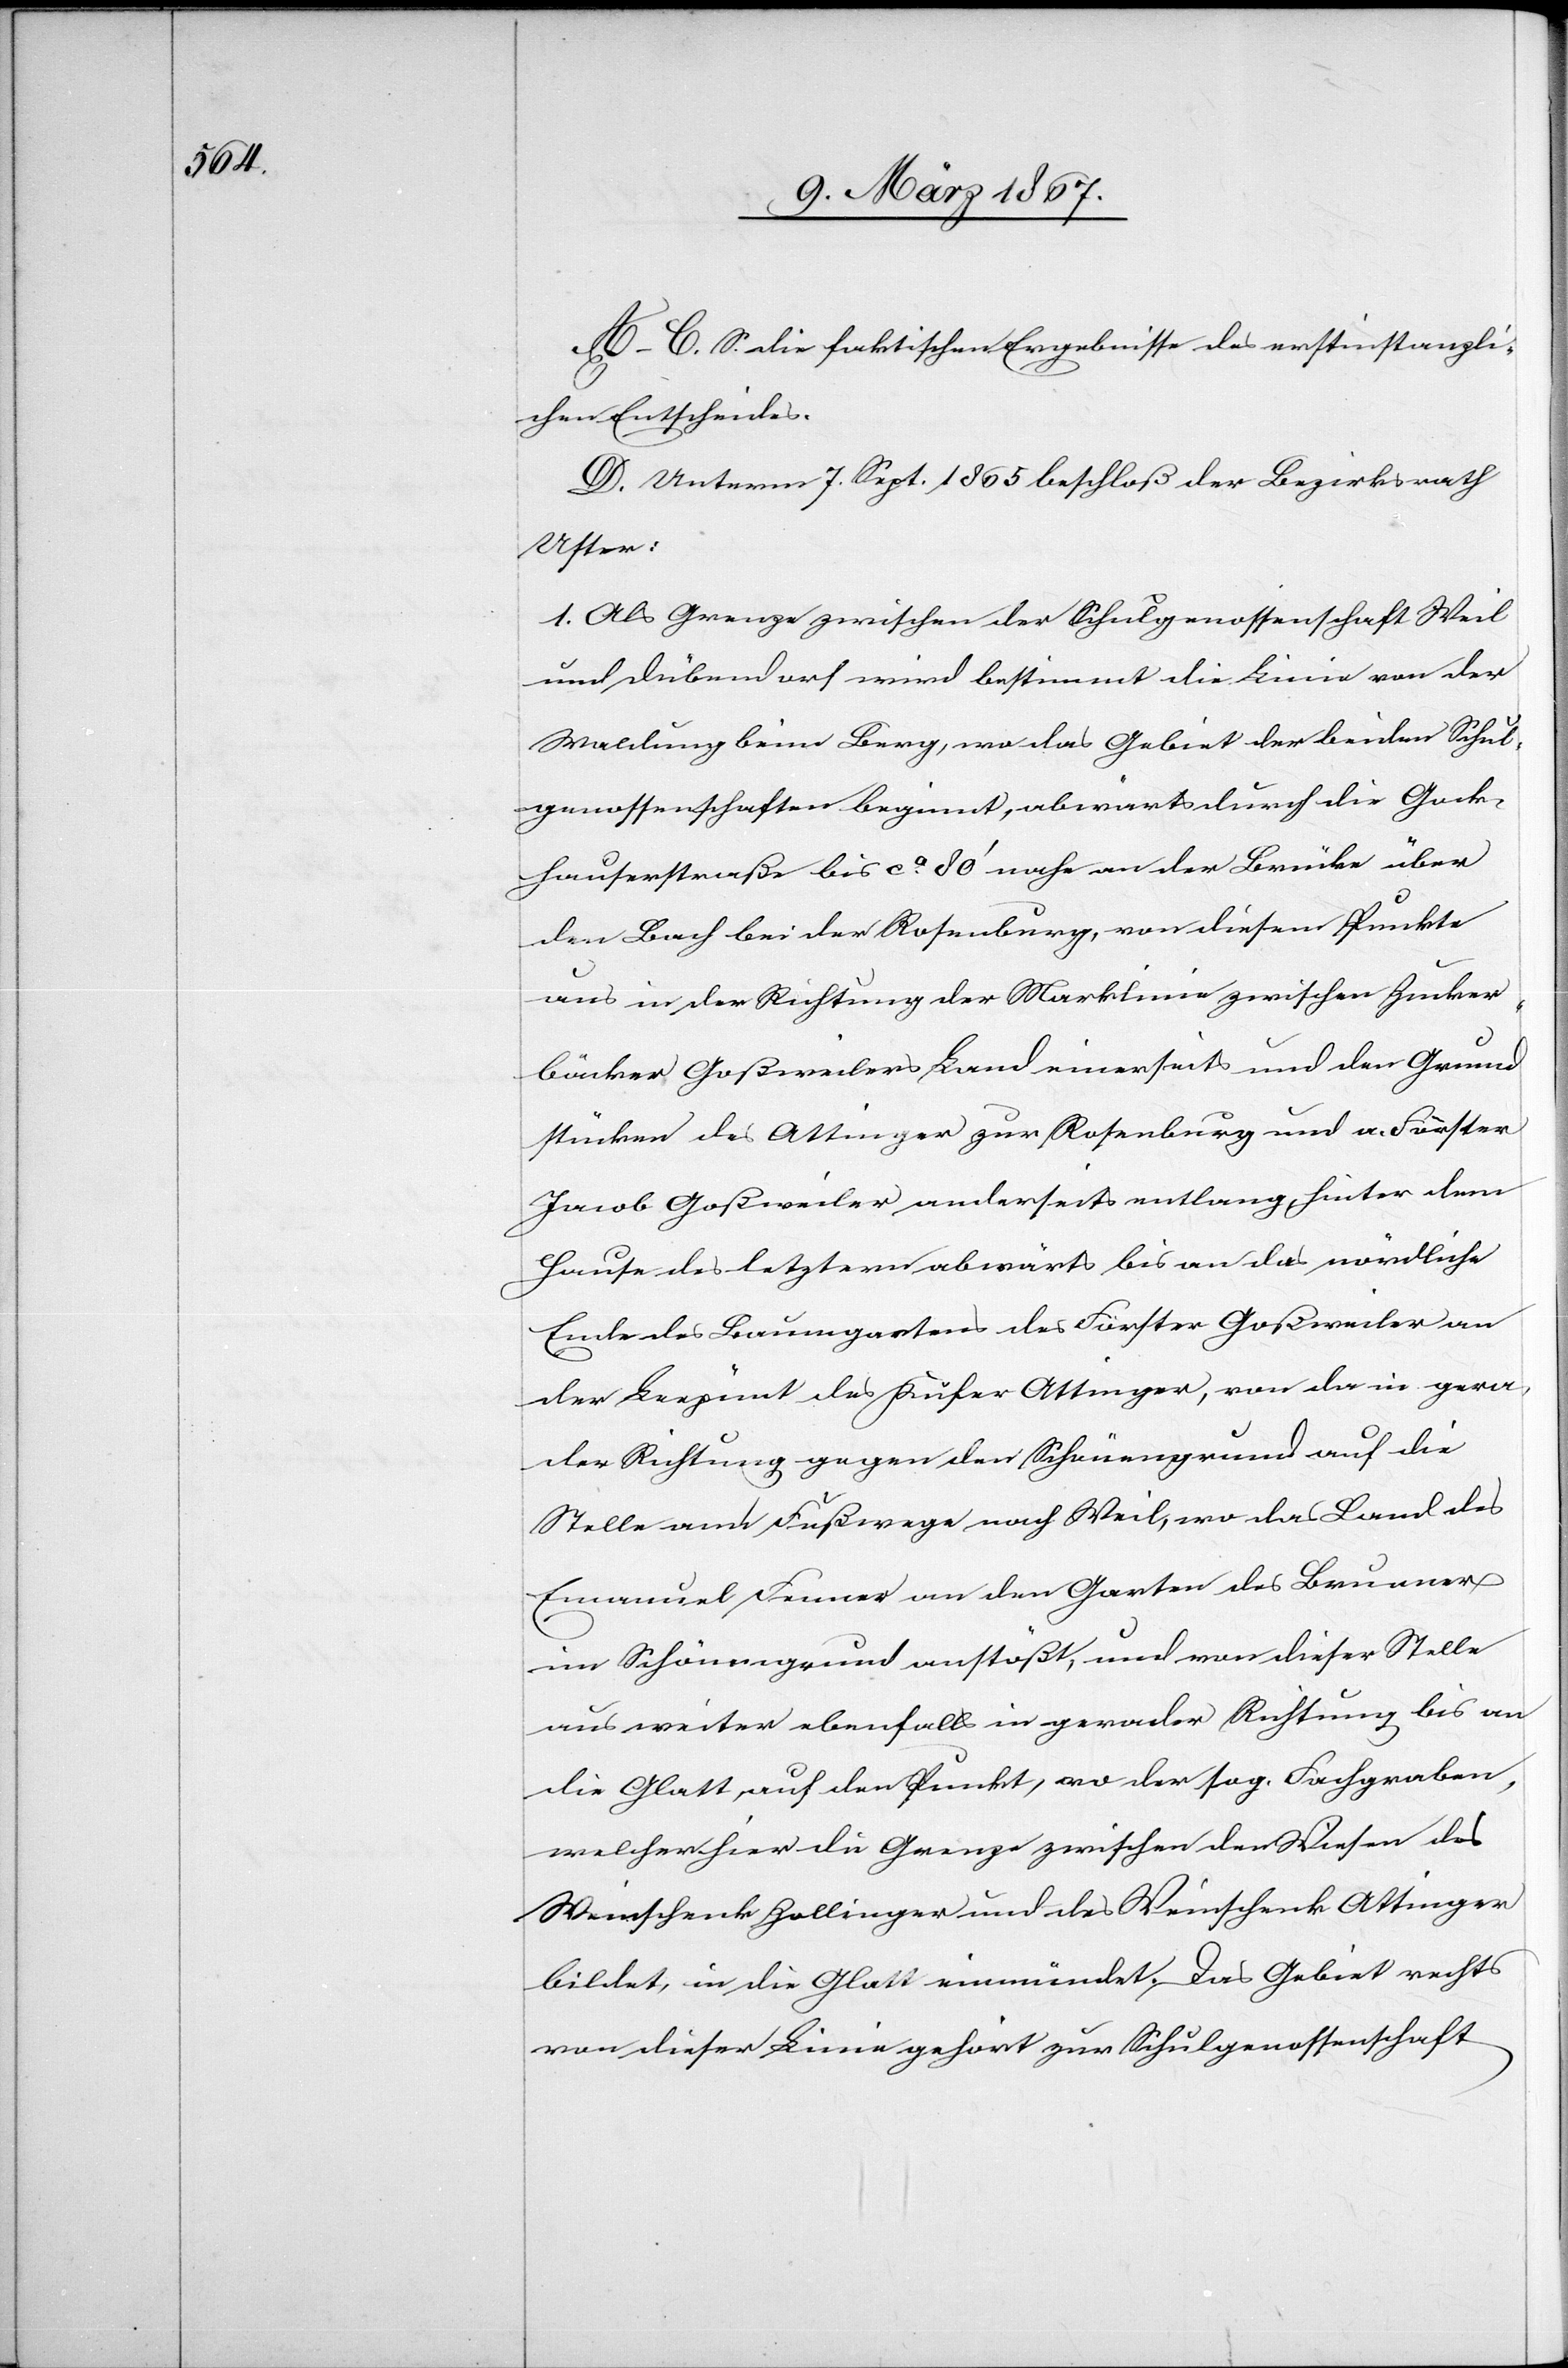
A–C. S. die faktischen Ergebnisse des erstinstanzli¬
chen Entscheides.
D. Unterm 7. Sept. 1865 beschloß der Bezirksrath
Uster:
1. Als Grenze zwischen der Schulgenossenschaft Weil
und Dübendorf wird bestimmt die Linie von der
Waldung beim Berg, wo das Gebiet der beiden Schul¬
genossenschaften beginnt, abwärts durch die Gock¬
hauserstraße bis ca. 80’ nahe an der Brücke über
den Bach bei der Rosenburg, von diesem Punkte
aus in der Richtung der Marklinie zwischen Zucker¬
bäcker Goßweilers Land einerseits und den Grund¬
stücken des Ottinger zu Rosenburg und a. Förster
Jacob Goßweiler anderseits entlang hinter dem
Hause des letztern abwärts bis an das nördliche
Ende des Baumgartens des Förster Goßweiler an
der Leepünt des Käser Ottinger, von da in gera¬
der Richtung gegen den Schönengrund auf die
Stelle am Fußwege nach Weil, wo das Land des
Emanuel Ferner an den Garten des Brunner
im Schönengrund anstößt, und von dieser Stelle
aus weiter ebenfalls in gerader Richtung bis an
die Glatt, auf den Punkt, wo der sog. Fochgraben,
welcher hier die Grenze zwischen den Wiesen des
Weinschenk Zollinger und des Weinschenk Ottinger
bildet, in die Glatt einmündet. Das Gebiet rechts
von dieser Linie gehört zur Schulgenossenschaft